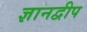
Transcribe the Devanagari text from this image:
ज्ञानद्वीप